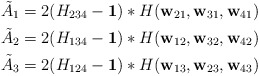
\begin{align*}\tilde{A}_1 &= 2(H_{234} - \mathbf{1}) * H(\mathbf{w}_{21}, \mathbf{w}_{31}, \mathbf{w}_{41}) \\\tilde{A}_2 &= 2(H_{134} - \mathbf{1}) * H(\mathbf{w}_{12}, \mathbf{w}_{32}, \mathbf{w}_{42}) \\\tilde{A}_3 &= 2(H_{124} - \mathbf{1}) * H(\mathbf{w}_{13}, \mathbf{w}_{23}, \mathbf{w}_{43})\end{align*}